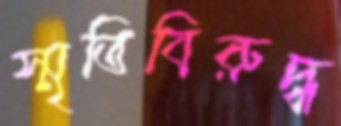
স্মৃতিবিরুদ্ধ